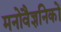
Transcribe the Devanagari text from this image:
मनोवैज्ञनिकों